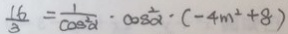
\frac { 1 6 } { 3 } = \frac { 1 } { \cos ^ { 2 } \alpha } \cdot \cos \frac { 1 } { \alpha } \cdot ( - 4 m ^ { 2 } + 8 )